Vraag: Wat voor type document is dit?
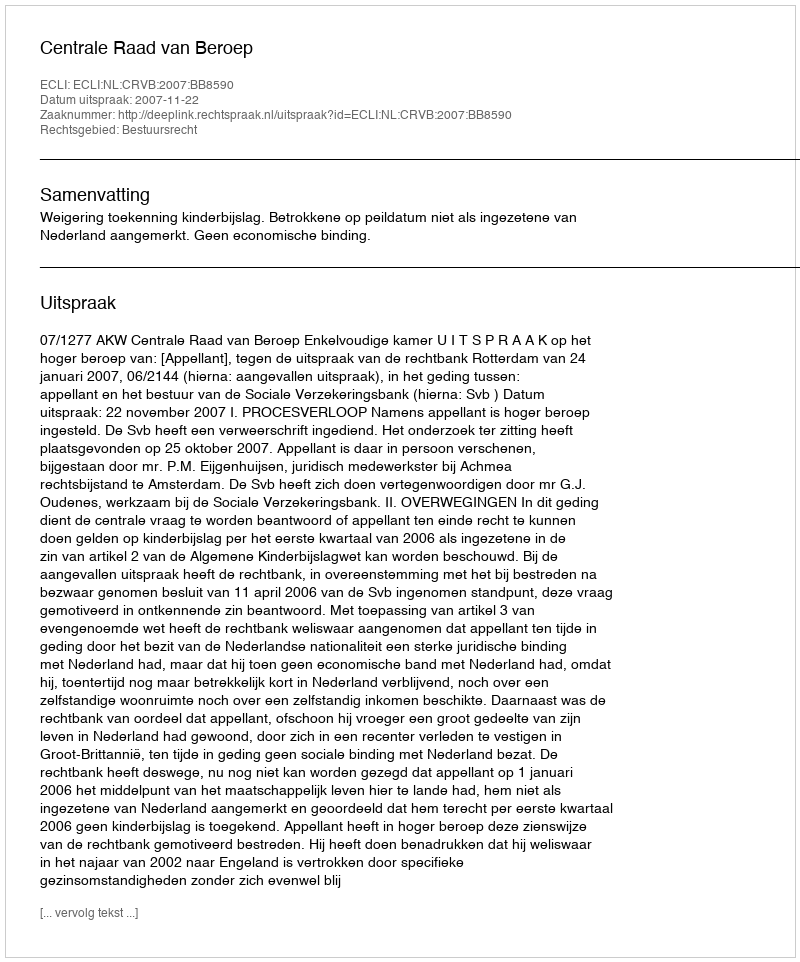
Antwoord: Uitspraak